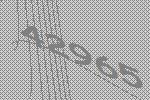
42965